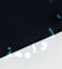
الوليمة